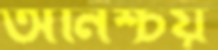
অনিশ্চয়